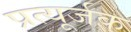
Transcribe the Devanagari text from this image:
प्रत्यूर्जक